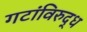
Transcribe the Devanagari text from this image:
गटांविरुद्ध